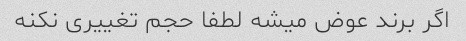
اگر برند عوض میشه لطفا حجم تغییری نکنه